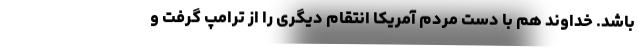
باشد. خداوند هم با دست مردم آمریکا انتقام دیگری را از ترامپ گرفت و